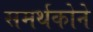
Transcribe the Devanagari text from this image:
समर्थकोने